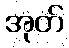
အုတ်